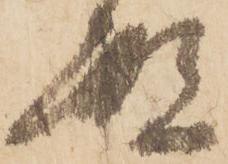
殿